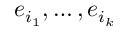
e _ { i _ { 1 } } , \ldots , e _ { i _ { k } }